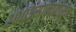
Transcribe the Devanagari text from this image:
२००३सालापासून